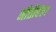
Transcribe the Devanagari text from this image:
नीतीवंत।